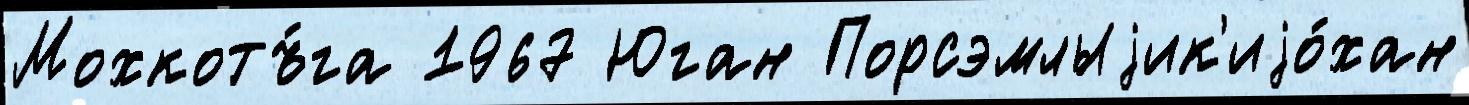
Мохкотъ́га 1967 Юган Порсэмлыjик'иjо́хан